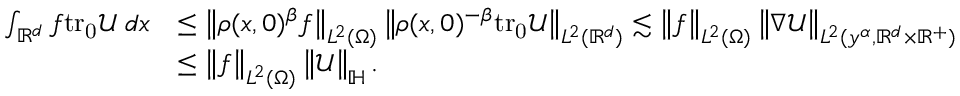
\begin{array} { r l } { \int _ { \mathbb { R } ^ { d } } f \mathrm { t r _ { 0 } } { \mathcal { U } } \; d x } & { \leq \left\| \rho ( x , 0 ) ^ { \beta } f \right\| _ { L ^ { 2 } ( \Omega ) } \left\| \rho ( x , 0 ) ^ { - \beta } \mathrm { t r _ { 0 } } { \mathcal { U } } \right\| _ { L ^ { 2 } ( \mathbb { R } ^ { d } ) } \lesssim \left\| f \right\| _ { L ^ { 2 } ( \Omega ) } \left\| \nabla \mathcal { U } \right\| _ { L ^ { 2 } ( y ^ { \alpha } , \mathbb { R } ^ { d } \times \mathbb { R } ^ { + } ) } } \\ & { \leq \left\| f \right\| _ { L ^ { 2 } ( \Omega ) } \left\| \mathcal { U } \right\| _ { \mathbb { H } } . } \end{array}